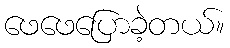
ဖေဖေပြောခဲ့တယ်။